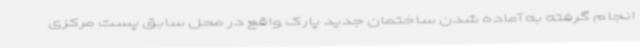
انجام گرفته به آماده شدن ساختمان جدید پارک واقع در محل سابق پست مرکزی